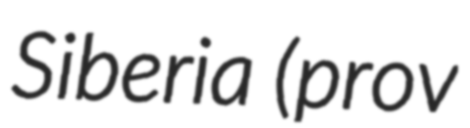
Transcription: Siberia (prov